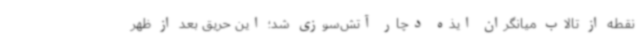
نقطه از تالاب میانگران ایذه دچار آتش‌سوزی شد؛ این حریق بعد از ظهر